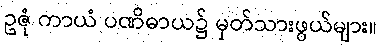
ဥဇုံ ကာယံ ပဏိဓာယ၌ မှတ်သားဖွယ်များ။